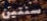
سنتين